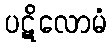
ပဋိလောမံ